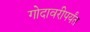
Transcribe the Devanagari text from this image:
गोदावरीपर्यंत